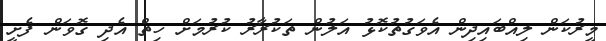
މީރުކަން ލިއްބައިދިން އެވަގުތުކޮޅު އަލުން ތަކުރާރު ކުރުމަށް ހިތް އެދި ގޮވަން ފެށީ